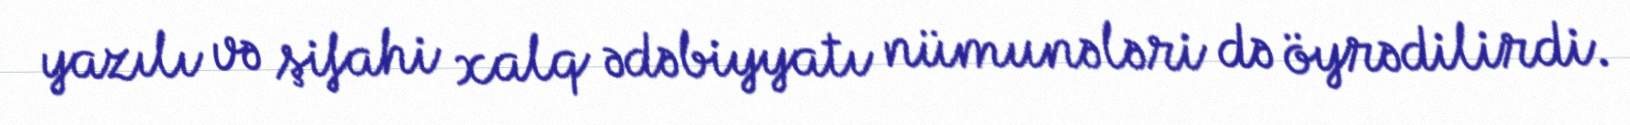
yazılı və şifahi xalq ədəbiyyatı nümunələri də öyrədilirdi.